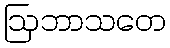
ဩဘာသတေ